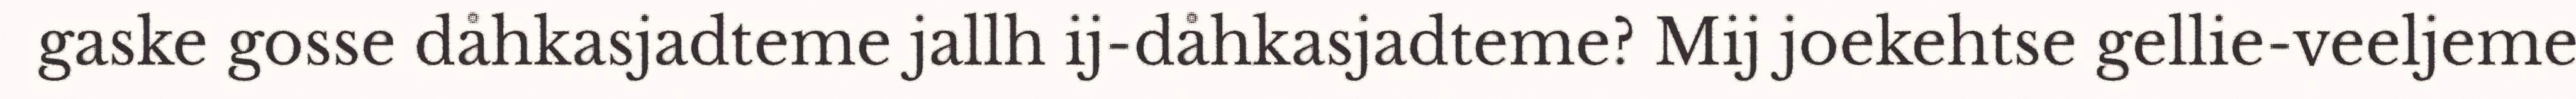
gaske gosse dåhkasjadteme jallh ij-dåhkasjadteme? Mij joekehtse gellie-veeljeme